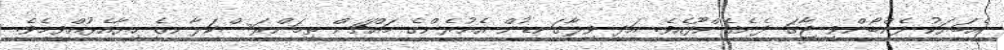
އެބަޔަކު ފެންބޯންވީ ޖާގަ ދެނެގެންފޫއެވެ. އަދި ވިލާގަނޑުން އެއުރެންގެ މައްޗަށް ތިމަންރަސްކަލާނގެ ހިޔާއެޅުއްވީމެވެ.